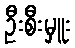
ဦးစီးမှူး